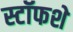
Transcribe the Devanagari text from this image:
स्टॉफशे